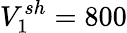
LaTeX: V_{1}^{sh}=800